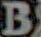
B